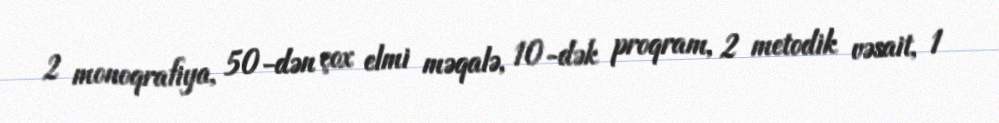
2 monoqrafiya, 50-dən çox elmi məqalə, 10-dək proqram, 2 metodik vəsait, 1